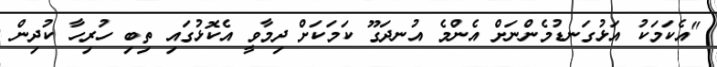
"އެކަމަކު އަޅުގަނޑުމެންނަށް އެންމެ އުނދަގޫ ކަމަކަށް ދިމާވީ އެކޮޅުގައި ތިބި ހުރިހާ ކުދިން